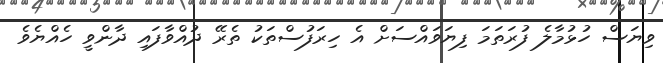
ވިޔަސް ހުޅުމާލެ ފުރަތަމަ ފިޔަވައްސަށް އެ ހިރަފުސްތަކު ތެރޭ ދުއްވާފައި ދާންވީ ހެއްޔެވެ